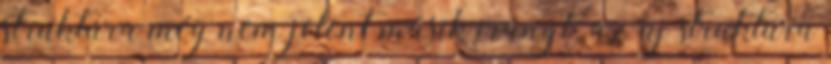
struktúra még nem jelent másik irányt. az új struktúra